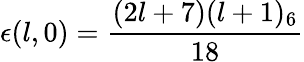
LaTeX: \epsilon(l,0)=\frac{(2l+7)(l+1)_{6}}{18}